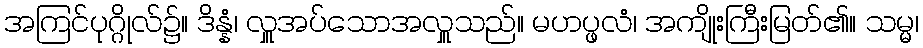
အကြင်ပုဂ္ဂိုလ်၌။ ဒိန္နံ၊ လှူအပ်သောအလှူသည်။ မဟပ္ဖလံ၊ အကျိုးကြီးမြတ်၏။ သမ္မ၊